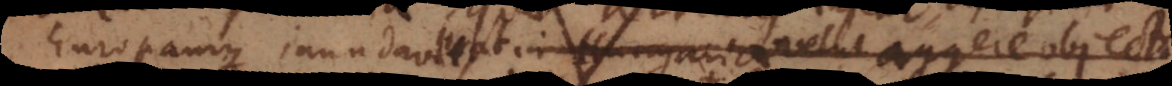
Europamque inundavit at in Hungaria velut aggere objecta